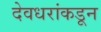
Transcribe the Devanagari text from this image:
देवधरांकडून